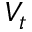
V _ { t }